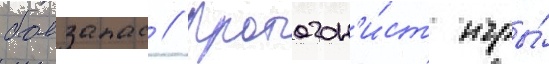
боезапас // Протагон'и́ст игры́